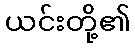
ယင်းတို့၏